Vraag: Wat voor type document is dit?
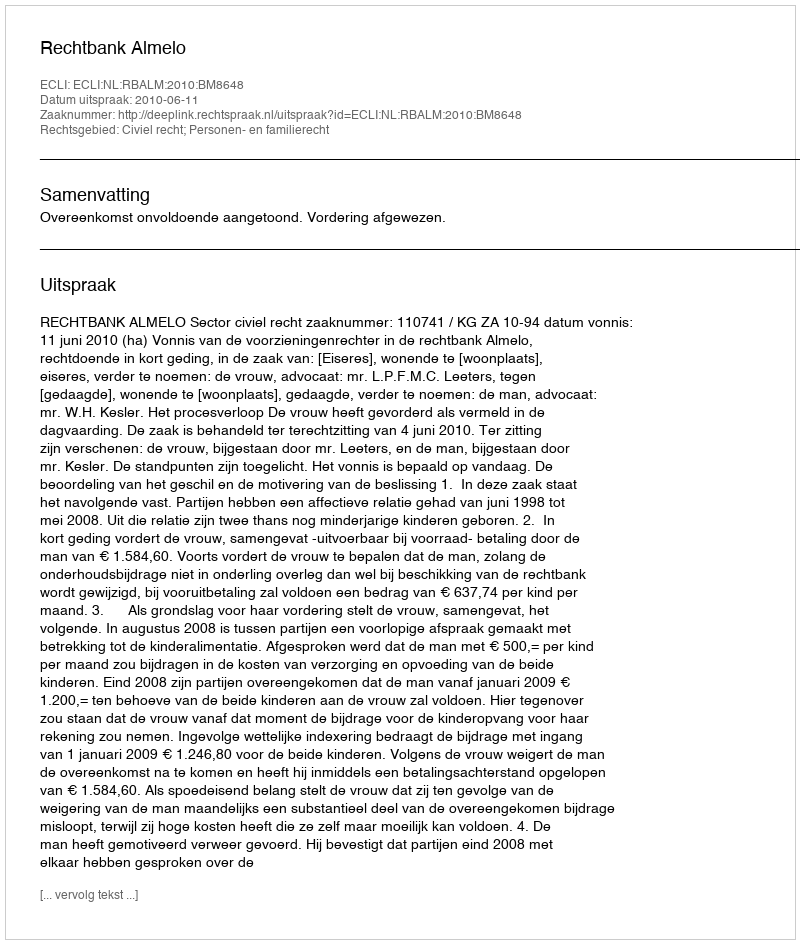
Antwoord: Uitspraak